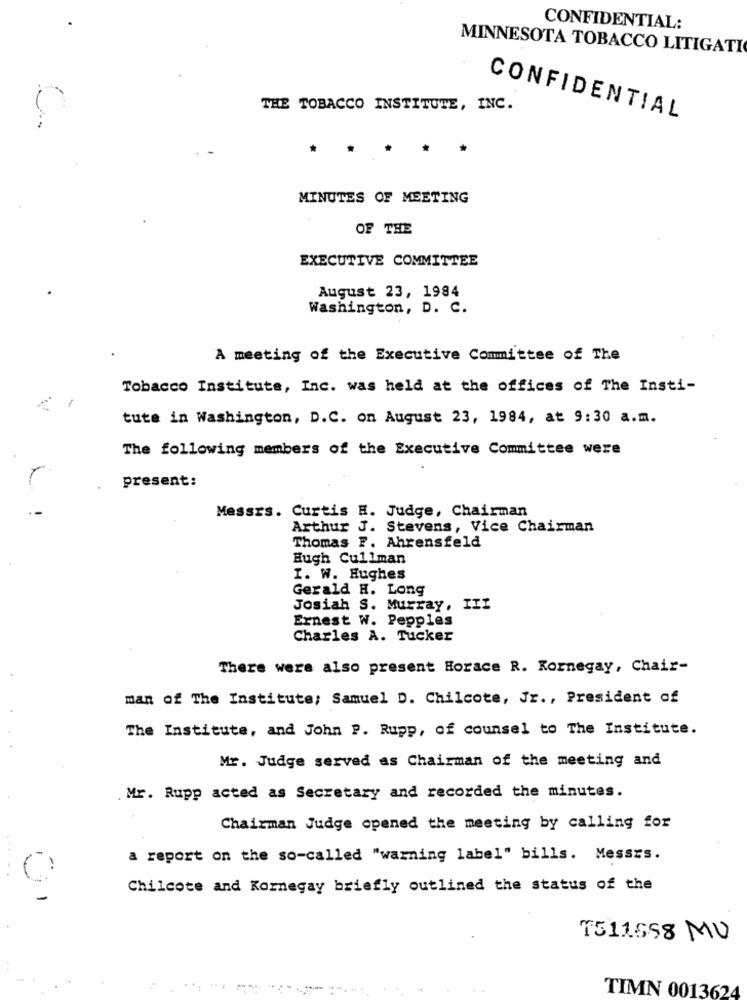
CONFIDENTIAL:
MINNESOTA TOBACCO LITIGATI
C
THE TOBACCO INSTITUTE, INC.
CONFIDENTIAL
.
. .
MINUTES OF MEETING
OF THE
EXECUTIVE COMMITTEE
August 23, 1984
Washington, D. C.
A meeting of the Executive Committee of The
Tobacco Institute, Inc. was held at the offices of The Insti-
tute in Washington, D.C. on August 23, 1984, at 9:30 a.m.
The following members of the Executive Committee were
present:
Messrs. Curtis H. Judge, Chairman
Arthur J. Stevens, Vice Chairman
Thomas F. Ahrensfeld
Hugh Cullman
I. W. Hughes
Gerald H. Long
Josiah S. Murray, III
Ernest W. Pepples
Charles A. Tucker
There were also present Horace R. Kornegay, Chair-
man of The Institute; Samuel D. Chilcote, Jr ., President of
The Institute, and John P. Rupp, of counsel to The Institute.
Mr. Judge served as Chairman of the meeting and
Mr. Rupp acted as Secretary and recorded the minutes.
Chairman Judge opened the meeting by calling for
a report on the so-called "warning label" bills. Messrs.
Chilcote and Kornegay briefly outlined the status of the
T511558 MU
TIMN 0013624